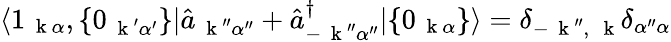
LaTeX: \langle 1_{\mathrm{~\mathbf~k~}\alpha},\{ 0_{\mathrm{~\mathbf~k~}^{\prime}\alpha^{\prime}}\} |\hat{a}_{\mathrm{~\mathbf~k~}^{\prime\prime}\alpha^{\prime\prime}}+\hat{a}_{-\mathrm{~\mathbf~k~}^{\prime\prime}\alpha^{\prime\prime}}^{\dagger}|\{ 0_{\mathrm{~\mathbf~k~}\alpha}\} \rangle=\delta_{-\mathrm{~\mathbf~k~}^{\prime\prime},\, \mathrm{~\mathbf~k~}}\delta_{\alpha^{\prime\prime}\alpha}